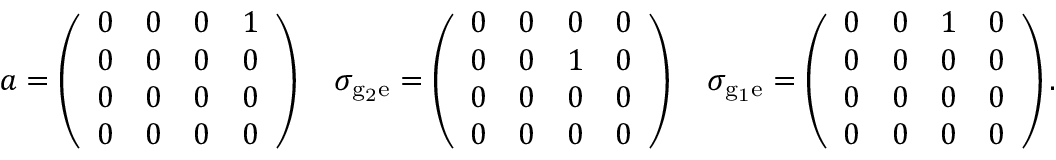
a = \left( \begin{array} { l l l l } { 0 } & { 0 } & { 0 } & { 1 } \\ { 0 } & { 0 } & { 0 } & { 0 } \\ { 0 } & { 0 } & { 0 } & { 0 } \\ { 0 } & { 0 } & { 0 } & { 0 } \end{array} \right) \quad \sigma _ { \mathrm { { g } _ { 2 } \mathrm { e } } } = \left( \begin{array} { l l l l } { 0 } & { 0 } & { 0 } & { 0 } \\ { 0 } & { 0 } & { 1 } & { 0 } \\ { 0 } & { 0 } & { 0 } & { 0 } \\ { 0 } & { 0 } & { 0 } & { 0 } \end{array} \right) \quad \sigma _ { \mathrm { { g } _ { 1 } \mathrm { e } } } = \left( \begin{array} { l l l l } { 0 } & { 0 } & { 1 } & { 0 } \\ { 0 } & { 0 } & { 0 } & { 0 } \\ { 0 } & { 0 } & { 0 } & { 0 } \\ { 0 } & { 0 } & { 0 } & { 0 } \end{array} \right) .